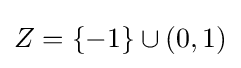
Z=\{-1\}\cup (0,1)